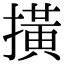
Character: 撗